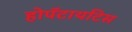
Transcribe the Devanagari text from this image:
होपॅटायटिस